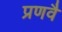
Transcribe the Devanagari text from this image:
प्रणवै